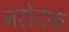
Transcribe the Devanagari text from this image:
नरोदफ